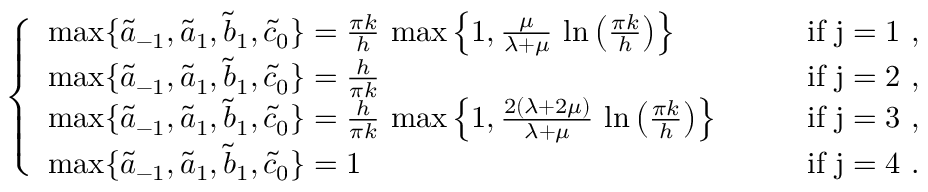
\left\{ \begin{array} { l l } { \operatorname* { m a x } \{ \widetilde a _ { - 1 } , \widetilde a _ { 1 } , \widetilde b _ { 1 } , \widetilde c _ { 0 } \} = \frac { \pi k } h \, \operatorname* { m a x } \left\{ 1 , \frac { \mu } { \lambda + \mu } \, \ln \left( \frac { \pi k } h \right) \right\} \, } & { \qquad \mathrm { i f ~ j = 1 ~ , } } \\ { \operatorname* { m a x } \{ \widetilde a _ { - 1 } , \widetilde a _ { 1 } , \widetilde b _ { 1 } , \widetilde c _ { 0 } \} = \frac h { \pi k } } & { \qquad \mathrm { i f ~ j = 2 ~ , } } \\ { \operatorname* { m a x } \{ \widetilde a _ { - 1 } , \widetilde a _ { 1 } , \widetilde b _ { 1 } , \widetilde c _ { 0 } \} = \frac h { \pi k } \, \operatorname* { m a x } \left\{ 1 , \frac { 2 ( \lambda + 2 \mu ) } { \lambda + \mu } \, \ln \left( \frac { \pi k } h \right) \right\} } & { \qquad \mathrm { i f ~ j = 3 ~ , } } \\ { \operatorname* { m a x } \{ \widetilde a _ { - 1 } , \widetilde a _ { 1 } , \widetilde b _ { 1 } , \widetilde c _ { 0 } \} = 1 } & { \qquad \mathrm { i f ~ j = 4 ~ . } } \end{array} \right.